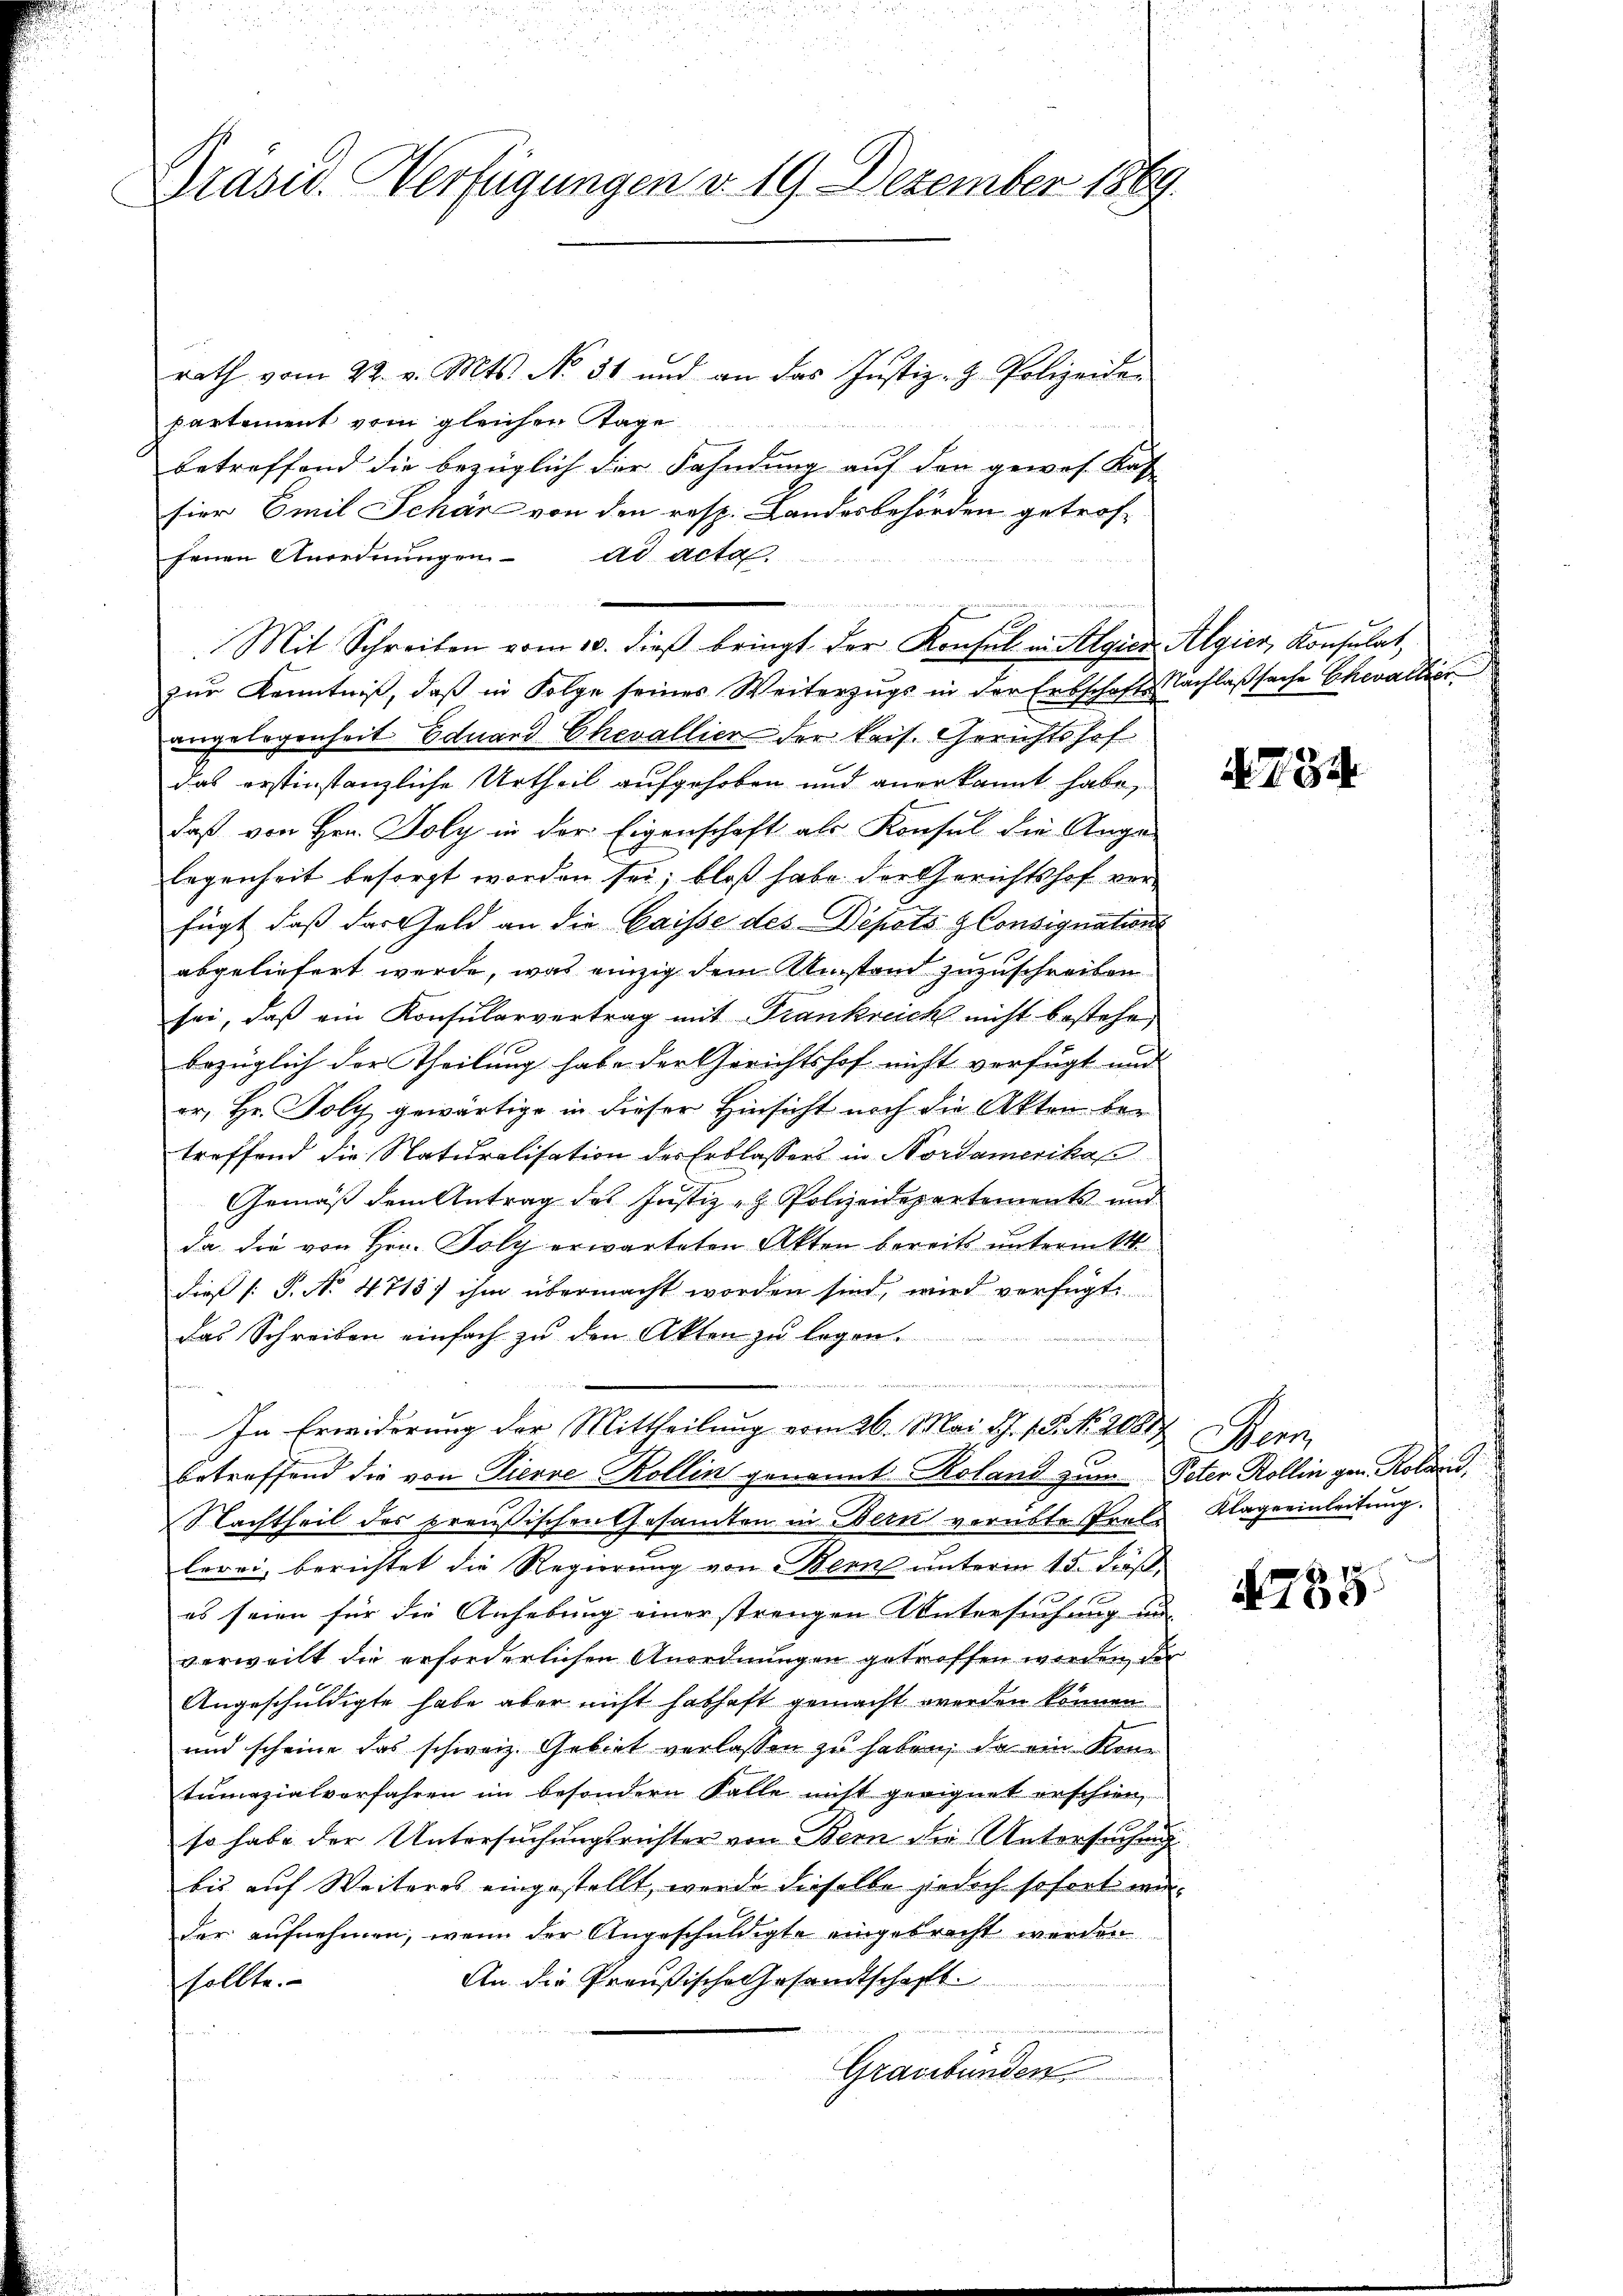
Präsid. Verfügungen d. 19. Dezember 1869.

rath vom 22. v. Mts. No. 31 und an das Justiz- & Polizeidepartement vom gleichen Tage
betreffend die bezüglich der Fahndung auf den gewes Kas
sier Emil Schäre von den resp. Landesbehörden getroffenen Anordnŭngen ad acta.
Mit Schreiben vom 10. dieβ bringt der Konsul in Algien Algier, Konsulat,
zur Kenntniß, daß in Folge seines Weiterzugs in der Erbschaft Nachlaßsache Chevallier
ingelegenheit Eduard Chevallier der kais. Gerichtshof
das erstinstanzliche Urtheil aufgehoben und anerkannt habe,
daß von Hrn. Poly in der Eigenschaft als Konsul die Anga
legenheit besorgt worden sei; bloß habe der Gerichtshof verfügt, daß das Geld an die Caisse des Depots Consignations
abgeliefert werde, was einzig dem Umstand zuzuschreiben
sei, daß ein Konsularvertrag mit Frankreich nicht bestehe
bezüglich der Theilung habe der Gerichtshof nicht verfügt und
er, Hr. Poly gewärtige in dieser Hinsicht noch die Akten der
treffend die Naturalisation der Erblassers in Nordamerikas
Gemäß dem Antrag des Justiz- & Polizeidepartements und
da die von Hrn. Poly erwarteten Akten bereits untermitt
dieß (: P. No. 4713) ihm übermacht worden sind, wird verfügt:
Das Schreiben einfach zu den Akten zu legen.
In Erwiderung der Mittheilung vom 26. Mai J. 18. No. 2087. Bern,
betreffend die von Pierre Kollin genannt Roland zum Peter Kollin gen. Koloni
Nachtheil des preußischen Gesamten in Bern verübte Prels Klage einleitung.
lerei berichtet die Regierung von Bern unterm 15. Fuß,
es seien für die Anhebung einer strengen Untersuchung un
verweilt die erforderlichen Anordnungen getroffen worden, der
Angeschuldigte habe aber nicht habhaft gemacht werden können
und scheine das schweiz. Gebiet verlassen zu haben, da ein Kenn
tumazialverfahren im besondern Falle nicht geeignet erschien,
so habe der Untersuchungsrichter von Bern die Untersuchung
bis auf Weiteres eingestellt, wurde dieselbe jedoch sofort mi
der aufnehmen, wenn der Angeschuldigte eingebracht werden
An die Preußische Gesandtschaft.
sollte.
Graubünden

N734

4735.